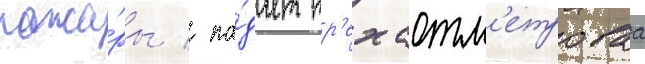
пожа́ры / па́дает тр'ехсотм'етроваа